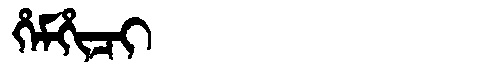
Manchu: ᡥᡝᠮᡥᡳᠴᡳ
Romanization: HEMHICI